画像に写った文字を読んでください
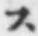
「ス」と書いてあります